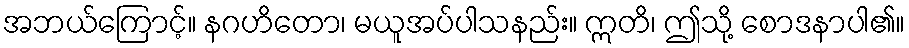
အဘယ်ကြောင့်။ နဂဟိတော၊ မယူအပ်ပါသနည်း။ ဣတိ၊ ဤသို့ စောဒနာပါ၏။